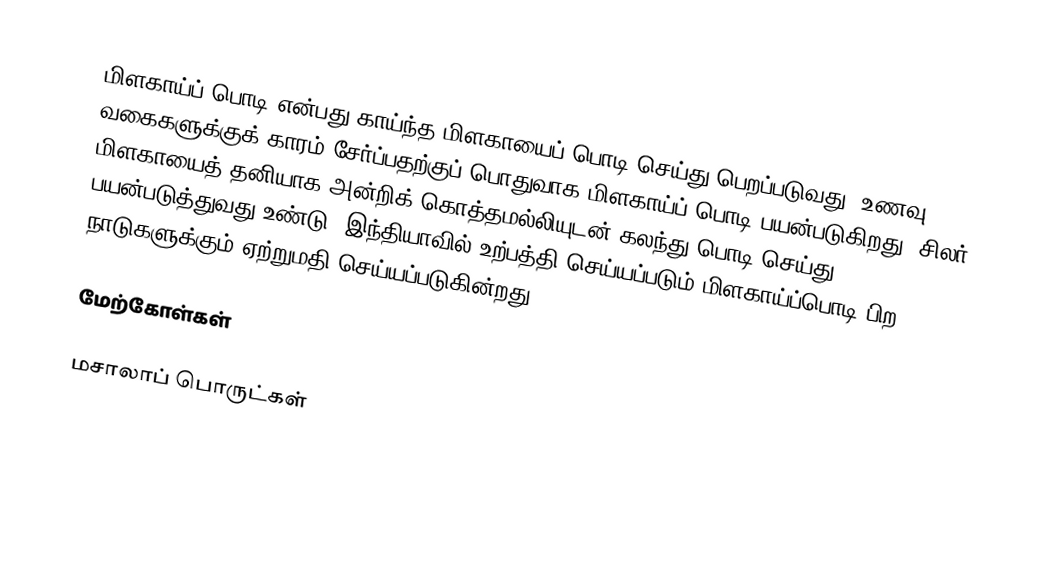
மிளகாய்ப் பொடி என்பது காய்ந்த மிளகாயைப் பொடி செய்து பெறப்படுவது. உணவு வகைகளுக்குக் காரம் சேர்ப்பதற்குப் பொதுவாக மிளகாய்ப் பொடி பயன்படுகிறது. சிலர் மிளகாயைத் தனியாக அன்றிக் கொத்தமல்லியுடன் கலந்து பொடி செய்து பயன்படுத்துவது உண்டு. இந்தியாவில் உற்பத்தி செய்யப்படும் மிளகாய்ப்பொடி பிற நாடுகளுக்கும் ஏற்றுமதி செய்யப்படுகின்றது.

மேற்கோள்கள்

மசாலாப் பொருட்கள்